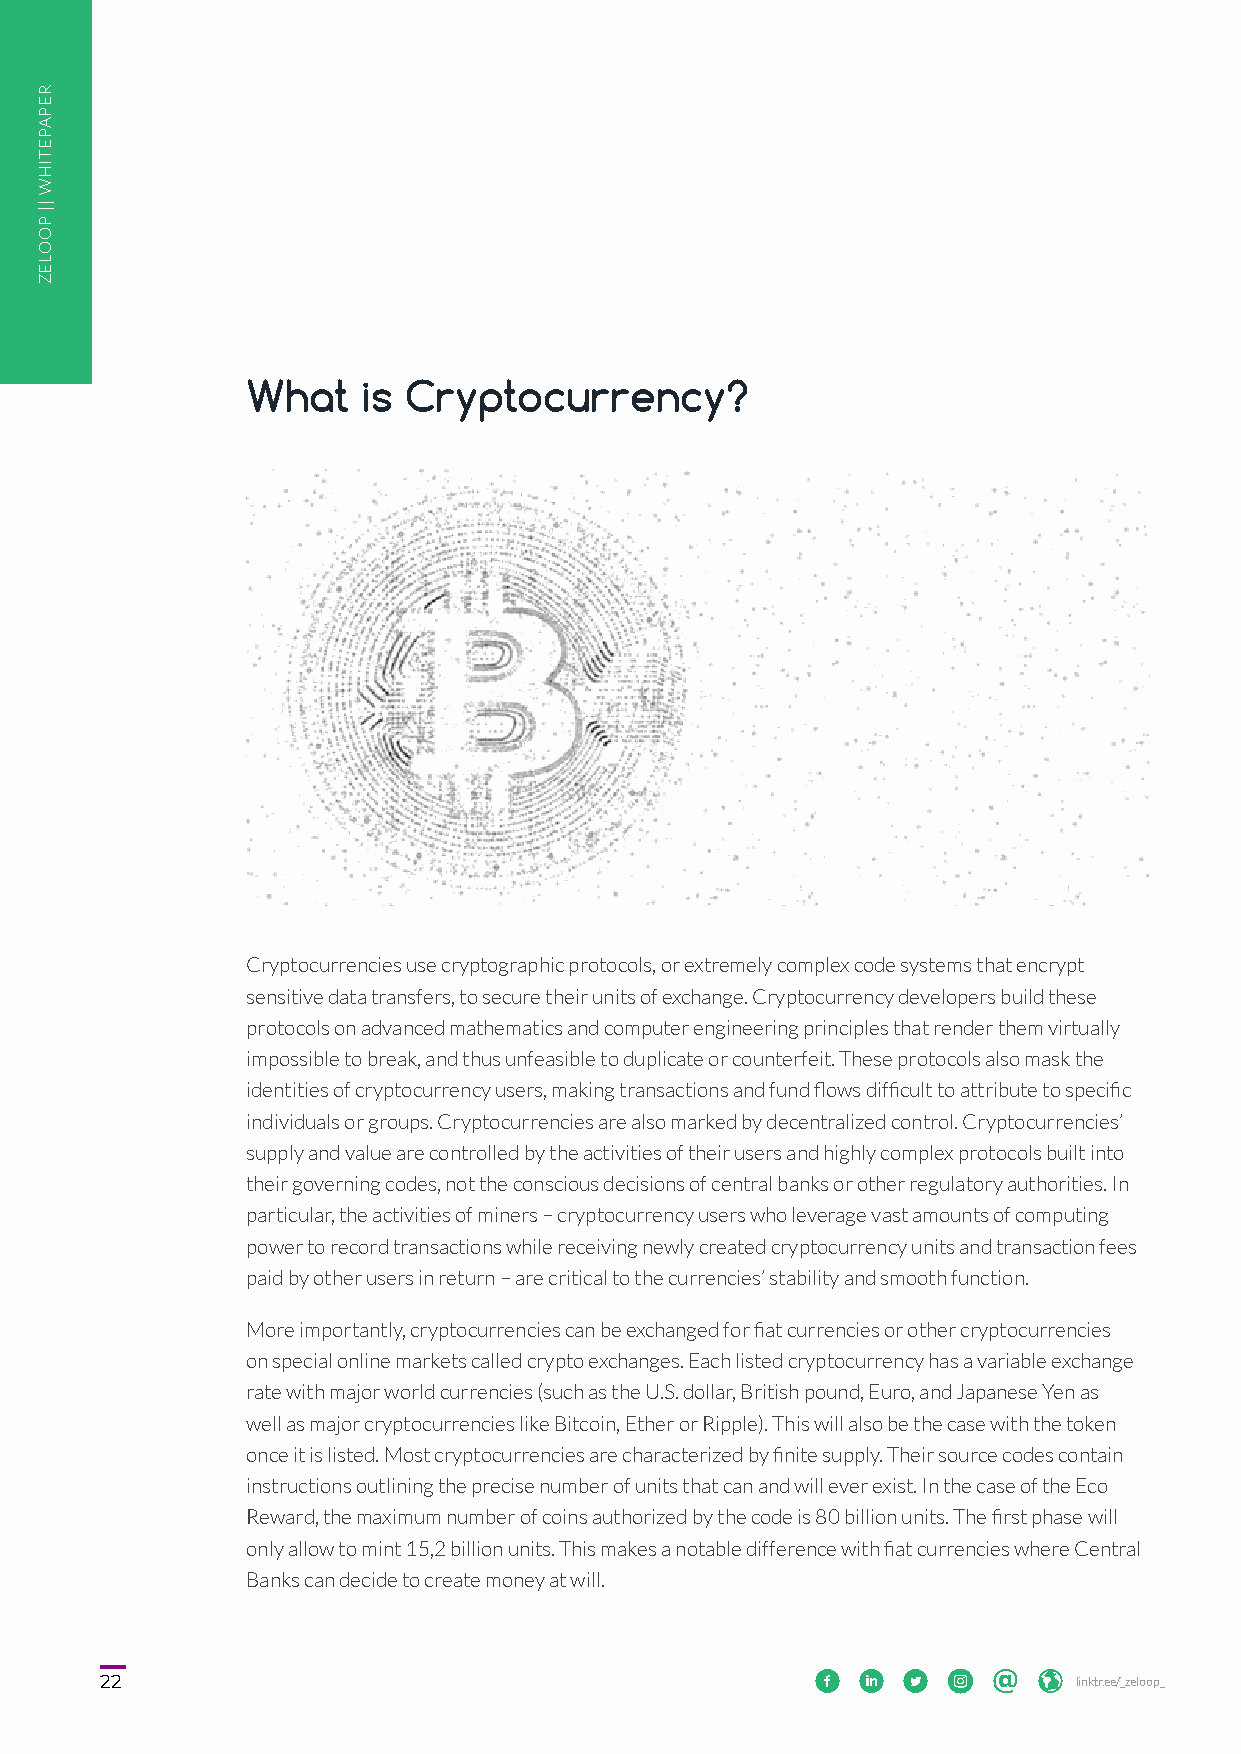
What    is Cryptocurrency?
 Cryptocurrencies use cryptographic protocols, or extremely complex code systems that encrypt
 sensitive data transfers, to secure their units of exchange. Cryptocurrency developers build these
 protocols on advanced mathematics and computer engineering principles that render them virtually
 impossible to break, and thus unfeasible to duplicate or counterfeit. These protocols also mask the
 identities of cryptocurrency users, making transactions and fund flows difficult to attribute to specific
 individuals or groups. Cryptocurrencies are also marked by decentralized control. Cryptocurrencies’
 supply and value are controlled by the activities of their users and highly complex protocols built into
 their governing codes, not the conscious decisions of central banks or other regulatory authorities. In
 particular, the activities of miners – cryptocurrency users who leverage vast amounts of computing
 power to record transactions while receiving newly created cryptocurrency units and transaction fees
 paid by other users in return – are critical to the currencies’ stability and smooth function.
 More importantly, cryptocurrencies can be exchanged for fiat currencies or other cryptocurrencies
 on special online markets called crypto exchanges. Each listed cryptocurrency has a variable exchange
 rate with major world currencies (such as the U.S. dollar, British pound, Euro, and Japanese Yen as
 well as major cryptocurrencies like Bitcoin, Ether or Ripple). This will also be the case with the token
 once it is listed. Most cryptocurrencies are characterized by finite supply. Their source codes contain
 instructions outlining the precise number of units that can and will ever exist. In the case of the Eco
 Reward, the maximum number of coins authorized by the code is 80 billion units. The first phase will
 only allow to mint 15,2 billion units. This makes a notable difference with fiat currencies where Central
 Banks can decide to create money at will.
 2222                                                      linktr.ee/_zeloop_
 RREEPPAAPPEETTIIHHWW
 ||||
 PPOOOOLLEEZZ